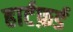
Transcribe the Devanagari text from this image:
हार्टफ़र्ड